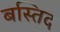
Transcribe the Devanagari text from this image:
बस्तिद